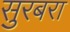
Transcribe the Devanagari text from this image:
सुरबरा